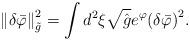
LaTeX: \begin{align*}\left\|\delta{\bar{\varphi}}\right\|^2_{\tilde{g}}=\int{d^2}\xi\sqrt{\hat{g}}{e^{\varphi}}{{(\delta{\bar{\varphi}})}^2}.\end{align*}